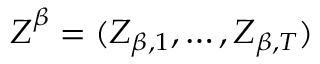
\boldsymbol { Z } ^ { \beta } = ( Z _ { \beta , 1 } , \ldots , Z _ { \beta , T } )